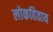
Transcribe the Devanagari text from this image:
लोकहिताय